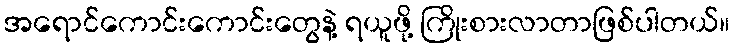
အရောင်ကောင်းကောင်းတွေနဲ့ ရယူဖို့ ကြိုးစားလာတာဖြစ်ပါတယ်။